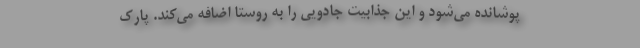
پوشانده می‌شود و این جذابیت جادویی را به روستا اضافه می‌کند. پارک